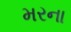
મરના